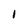
Character: 1